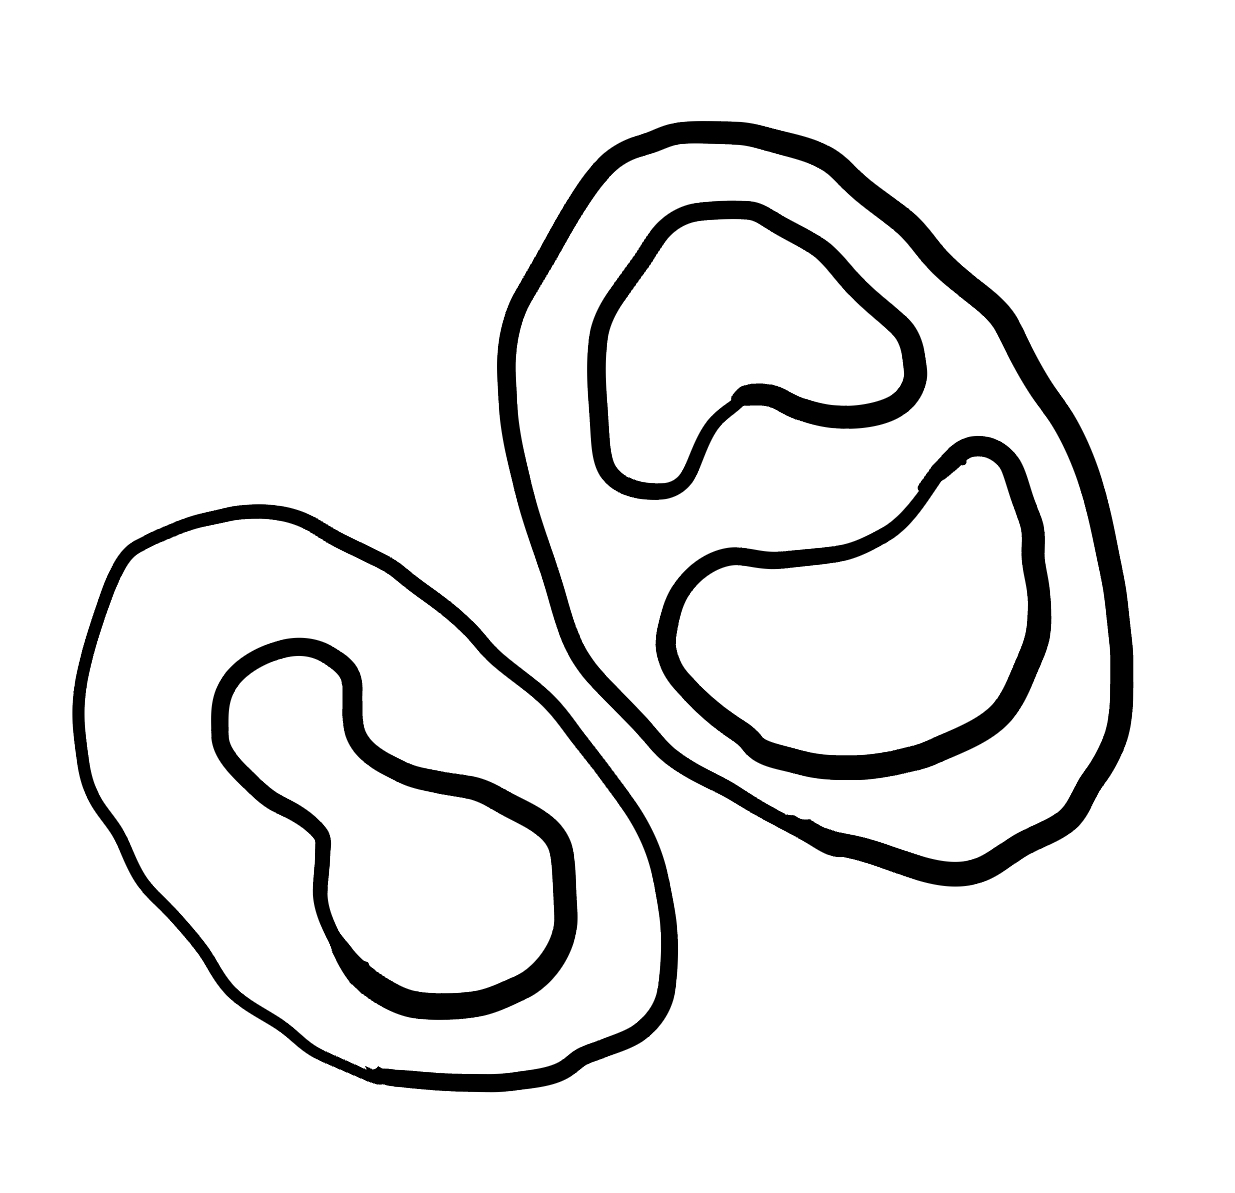
Number of regions (including the outer root region): 6
Containment tree edges (parent, child): 0, 1, 0, 3, 1, 2, 3, 4, 3, 5